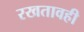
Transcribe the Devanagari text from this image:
रखतावही